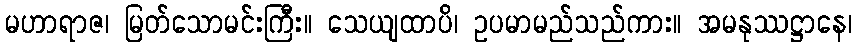
မဟာရာဇ၊ မြတ်သောမင်းကြီး။ သေယျထာပိ၊ ဥပမာမည်သည်ကား။ အမနုဿဋ္ဌာနေ၊